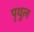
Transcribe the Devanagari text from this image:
पृथुल